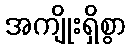
အကျိုးရှိစွာ